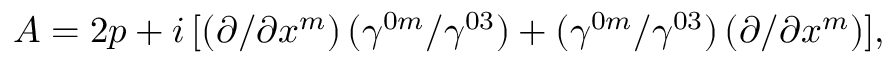
A = 2 p + i \, [ ( \partial / \partial x ^ { m } ) \, ( \gamma ^ { 0 m } / \gamma ^ { 0 3 } ) + ( \gamma ^ { 0 m } / \gamma ^ { 0 3 } ) \, ( \partial / \partial x ^ { m } ) ] ,